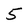
Character: 5